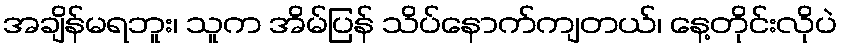
အချိန်မရဘူး၊ သူက အိမ်ပြန် သိပ်နောက်ကျတယ်၊ နေ့တိုင်းလိုပဲ